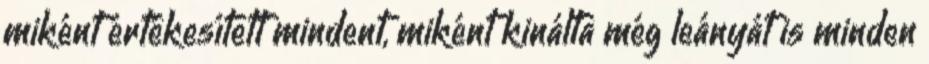
miként értékesített mindent, miként kinálta még leányát is minden